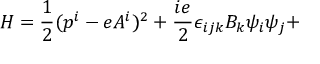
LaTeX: H = \frac { 1 } { 2 } ( p ^ { i } - e A ^ { i } ) ^ { 2 } + \frac { i e } { 2 } \epsilon _ { i j k } B _ { k } \psi _ { i } \psi _ { j } +